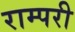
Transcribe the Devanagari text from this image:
राम्परी